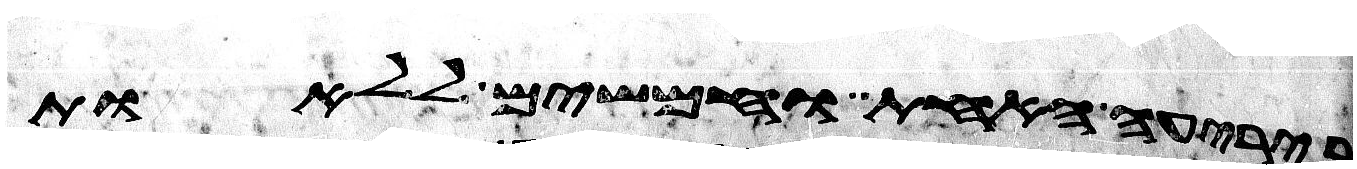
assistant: ביריעה האחת וחמשים ללאות